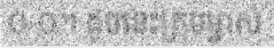
០-០។ ដូចនេះក្រុមម្ចាស់